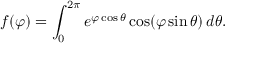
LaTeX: f ( \varphi ) = \int _ { 0 } ^ { 2 \pi } e ^ { \varphi \cos \theta } \cos ( \varphi \sin \theta ) \, d \theta .